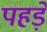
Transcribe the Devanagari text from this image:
पहड़े